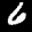
Label: 6